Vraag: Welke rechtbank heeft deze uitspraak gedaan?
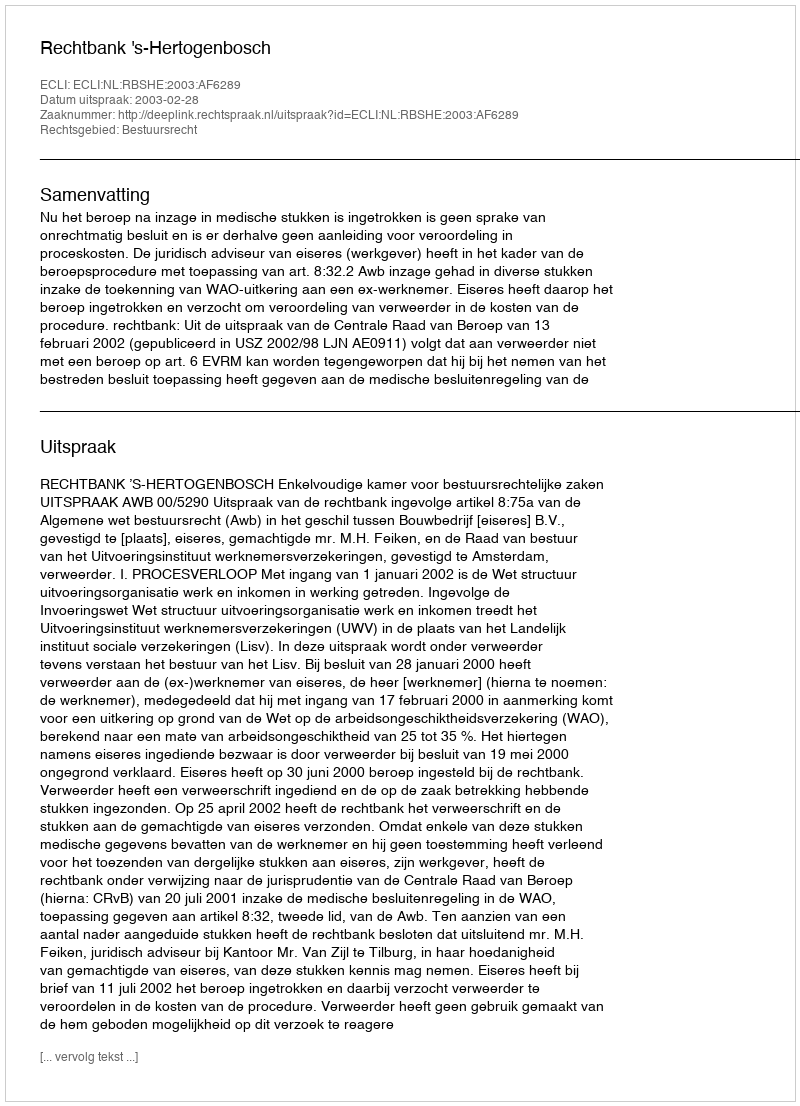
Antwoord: Rechtbank 's-Hertogenbosch